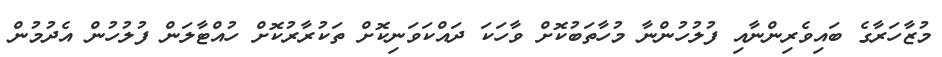
މުޒާހަރާގެ ބައިވެރިންނާއި ފުލުހުންނާ މުހާތަބުކޮށް ވާހަކަ ދައްކަވަނިކޮށް ތަކުރާރުކޮށް ހުއްޓާލަން ފުލުހުން އެދުމުން